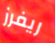
ريفرز